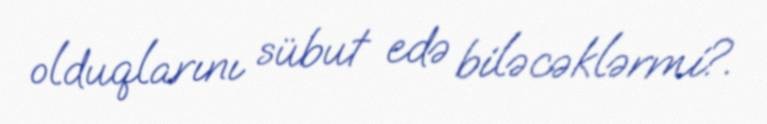
olduqlarını sübut edə biləcəklərmi?.